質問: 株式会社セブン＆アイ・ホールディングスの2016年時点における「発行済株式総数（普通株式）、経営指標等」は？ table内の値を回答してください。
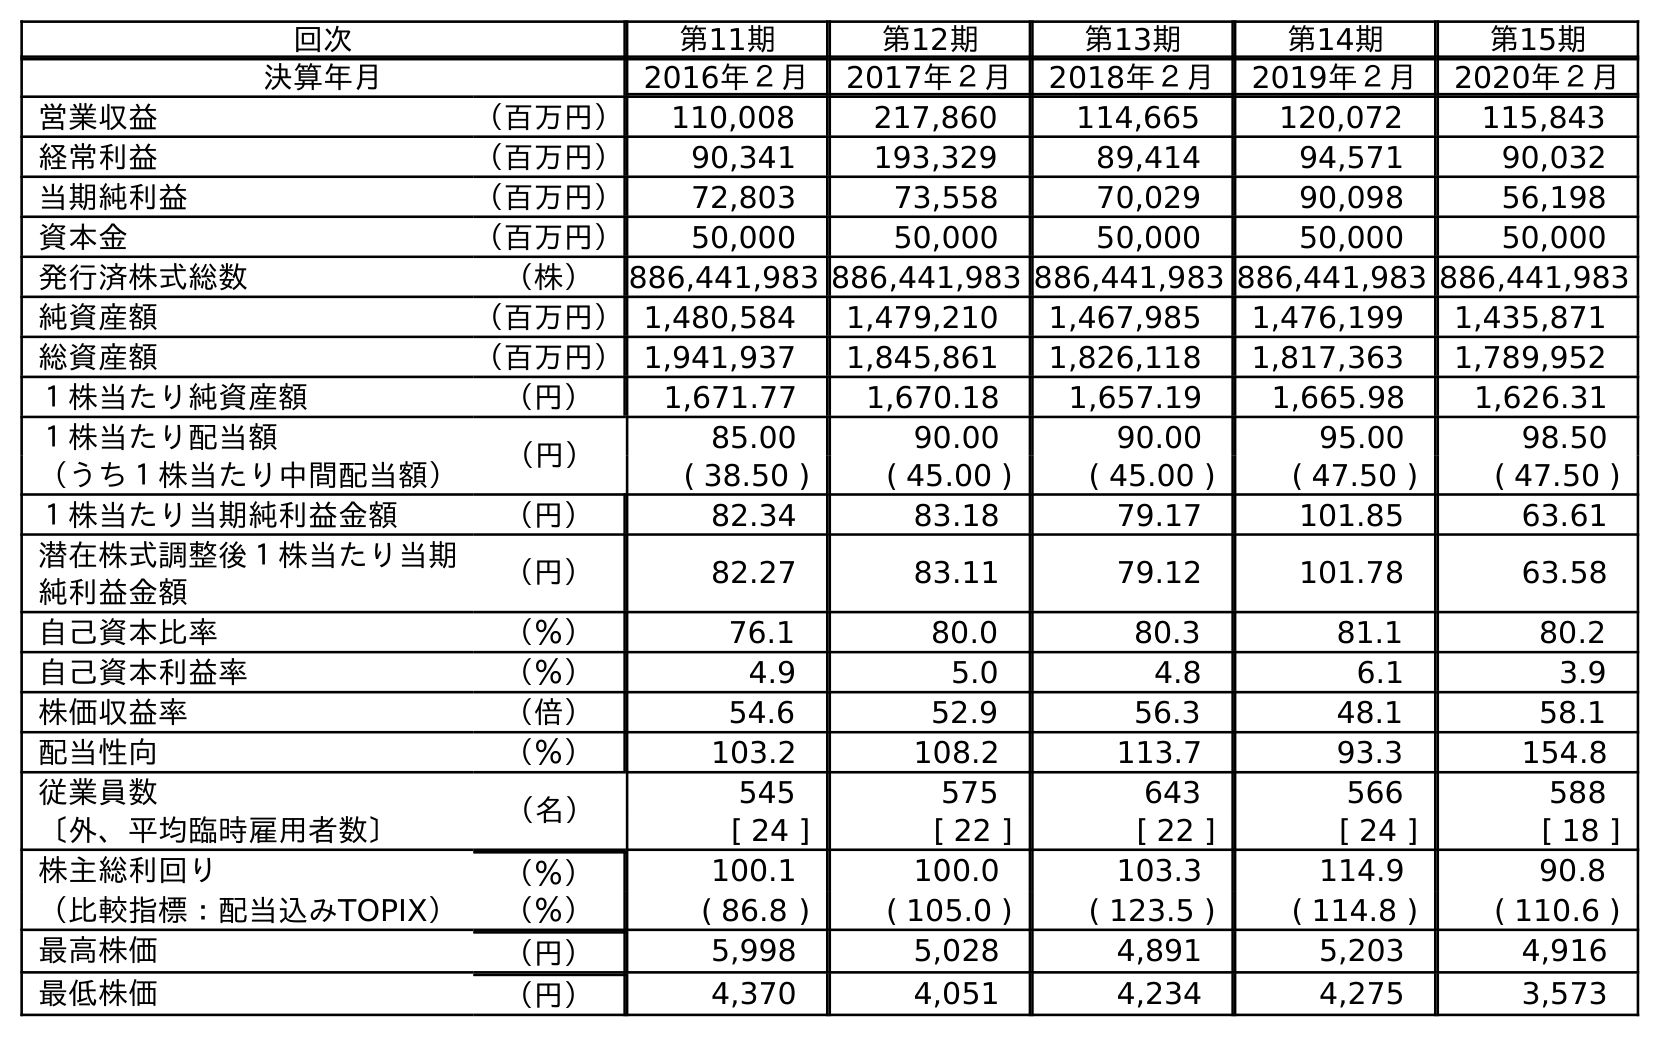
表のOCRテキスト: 回次 第11期 第12期 第13期 第14期 第15期 決算年月 2016年２月 2017年２月 2018年２月 2019年２月 2020年２月 営業収益 （百万円） 110,008 217,860 114,665 120,072 115,843 経常利益 （百万円） 90,341 193,329 89,414 94,571 90,032 当期純利益 （百万円） 72,803 73,558 70,029 90,098 56,198 資本金 （百万円） 50,000 50,000 50,000 50,000 50,000 発行済株式総数 （株） 886,441,983 886,441,983 886,441,983 886,441,983 886,441,983 純資産額 （百万円）1,480,584 1,479,210 1,467,985 1,476,199 1,435,871 総資産額 （百万円）1,941,937 1,845,861 1,826,118 1,817,363 1,789,952 １株当たり純資産額 （円） 1,671.77 1,670.18 1,657.19 1,665.98 1,626.31 １株当たり配当額 （円） 85.00 90.00 90.00 95.00 98.50 （うち１株当たり中間配当額） ( 38.50 ) ( 45.00 ) ( 45.00 ) ( 47.50 ) ( 47.50 ) １株当たり当期純利益金額 （円） 82.34 83.18 79.17 101.85 63.61 潜在株式調整後１株当たり当期 純利益金額 （円） 82.27 83.11 79.12 101.78 63.58 自己資本比率 （％） 76.1 80.0 80.3 81.1 80.2 自己資本利益率 （％） 4.9 5.0 4.8 6.1 3.9 株価収益率 （倍） 54.6 52.9 56.3 48.1 58.1 配当性向 （％） 103.2 108.2 113.7 93.3 154.8 従業員数 （名） 545 575 643 566 588 〔外、平均臨時雇用者数〕 [ 24 ] [ 22 ] [ 22 ] [ 24 ] [ 18 ] 株主総利回り （％） 100.1 100.0 103.3 114.9 90.8 （比較指標：配当込みTOPIX） （％） ( 86.8 ) ( 105.0 ) ( 123.5 ) ( 114.8 ) ( 110.6 ) 最高株価 （円） 5,998 5,028 4,891 5,203 4,916 最低株価 （円） 4,370 4,051 4,234 4,275 3,573
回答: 886,441,983